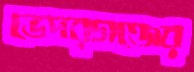
ভেদরগঞ্জের